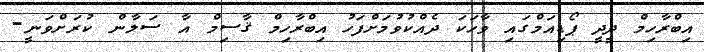
އިބްރާހިމް ދީދީ ޕޯޑިއަމްގައި ވާހަކަ ދެއްކުވުމަށްފަހު އިބްރާހިމް ޤާސިމް އާ ސަލާން ކުރަށްވަނީ-